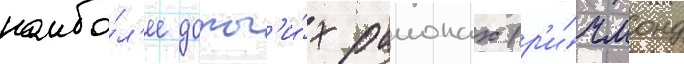
наибо́л'ее дорог'и́х раионах (р'и́чмонд